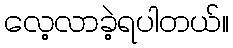
လေ့လာခဲ့ရပါတယ်။